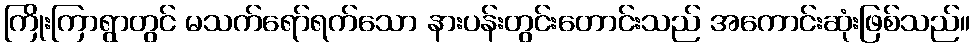
ကြိုးကြာရွာတွင် မသက်ရော်ရက်သော နားပန်းတွင်းတောင်းသည် အကောင်းဆုံးဖြစ်သည်။